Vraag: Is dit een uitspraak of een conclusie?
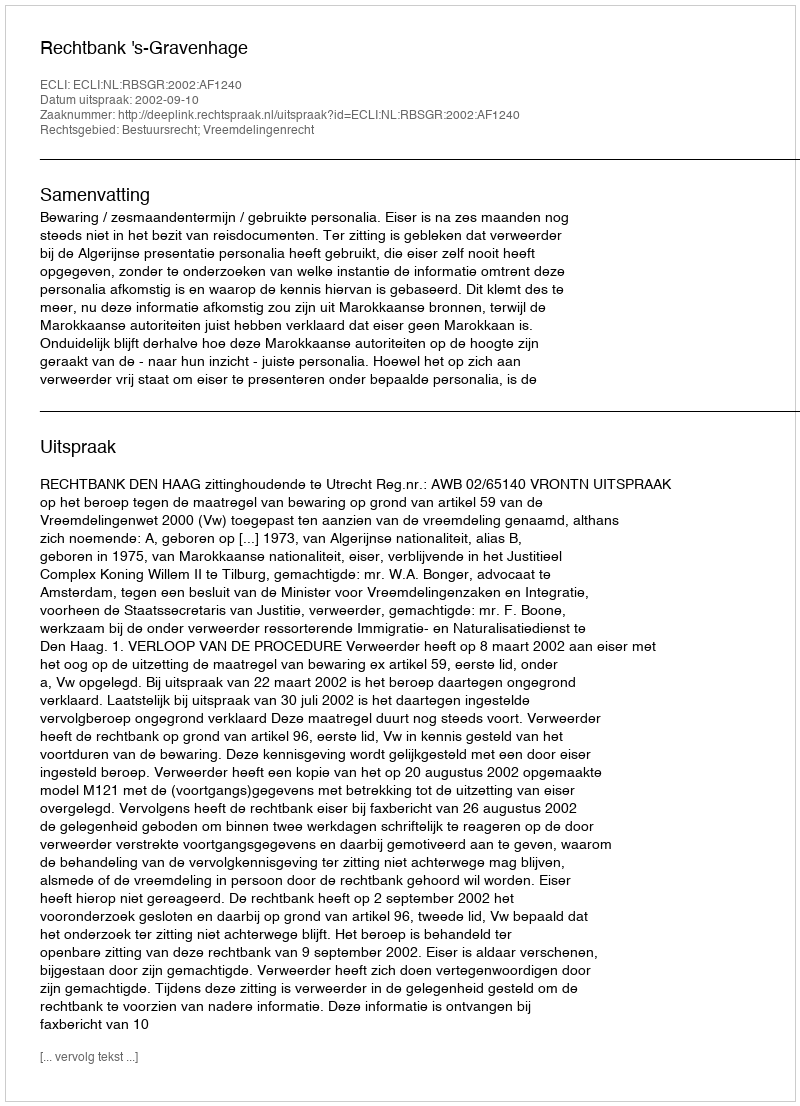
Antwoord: Uitspraak